Civil Veterinary Department. Madras. Admin. report 1926-33 - 1926-1933
Year: 1926
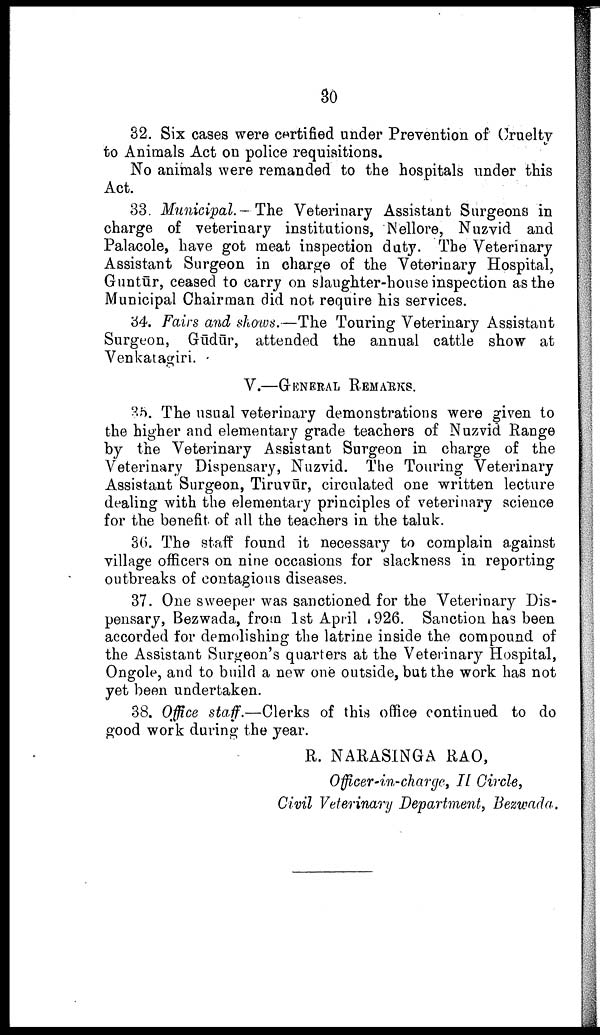
30
32. Six cases were certified under Prevention of Cruelty
to Animals Act on police requisitions.
No animals were remanded to the hospitals under this
Act.
33. Municipal.— The Veterinary Assistant Surgeons in
charge of veterinary institutions, Nellore, Nuzvid and
Palacole, have got meat inspection duty. The Veterinary
Assistant Surgeon in charge of the Veterinary Hospital,
Guntūr, ceased to carry on slaughter-house inspection as the
Municipal Chairman did not require his services.
34. Fairs and shows.—The Touring Veterinary Assistant
Surgeon, Gūdūr, attended the annual cattle show at
Venkatagiri.
V.—GENERAL REMARKS.
35. The usual veterinary demonstrations were given to
the higher and elementary grade teachers of Nuzvid Range
by the Veterinary Assistant Surgeon in charge of the
Veterinary Dispensary, Nuzvid. The Touring Veterinary
Assistant Surgeon, Tiruvūr, circulated one written lecture
dealing with the elementary principles of veterinary science
for the benefit of all the teachers in the taluk.
36. The staff found it necessary to complain against
village officers on nine occasions for slackness in reporting
outbreaks of contagious diseases.
37. One sweeper was sanctioned for the Veterinary Dis
pensary, Bezwada, from 1st April 1926. Sanction has been
accorded for demolishing the latrine inside the compound of
the Assistant Surgeon's quarters at the Veterinary Hospital,
Ongole, and to build a new one outside, but the work has not
yet been undertaken.
38. Office staff.—Clerks of this office continued to do
good work during the year.
R. NARASINGA RAO,
Officer-in-charge, II Circle,
Civil Veterinary Department, Bezwada.